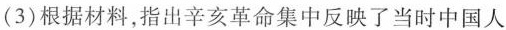
(3)根据材料，指出辛亥革命集中反映了当时中国人